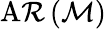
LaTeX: \operatorname{A\mathcal{R}}\left({\mathcal{{M}}}\right)